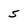
Character: 5